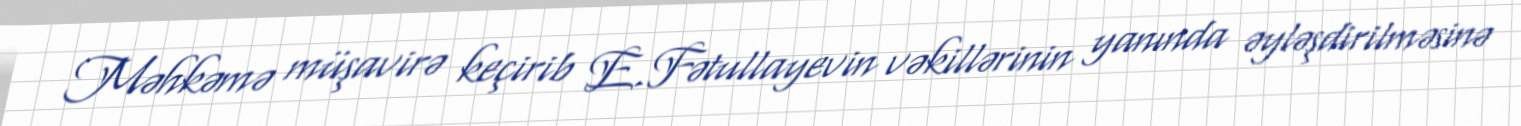
Məhkəmə müşavirə keçirib E.Fətullayevin vəkillərinin yanında əyləşdirilməsinə